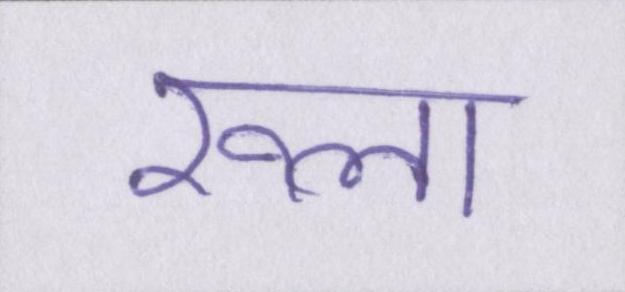
रूला